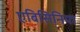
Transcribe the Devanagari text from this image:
एबिसिनिया